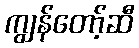
ကျွန်တော့်ဆီ